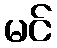
မင်